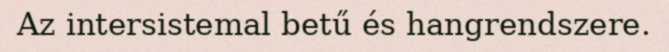
Az intersistemal betű és hangrendszere.